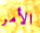
الأمر